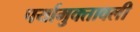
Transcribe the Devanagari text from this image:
पर्यामुक्तावली